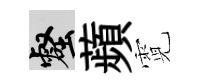
壑蘋霓